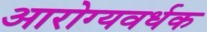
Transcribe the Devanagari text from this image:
आरोग्‍यवर्धक